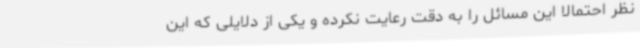
نظر احتمالا این مسائل را به دقت رعایت نکرده و یکی از دلایلی که این